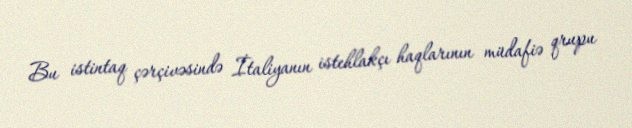
Bu istintaq çərçivəsində İtaliyanın istehlakçı haqlarının müdafiə qrupu